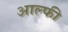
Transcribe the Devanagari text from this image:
आल्फी